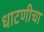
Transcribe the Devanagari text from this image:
धाटणीचा